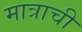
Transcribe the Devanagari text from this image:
मात्राची